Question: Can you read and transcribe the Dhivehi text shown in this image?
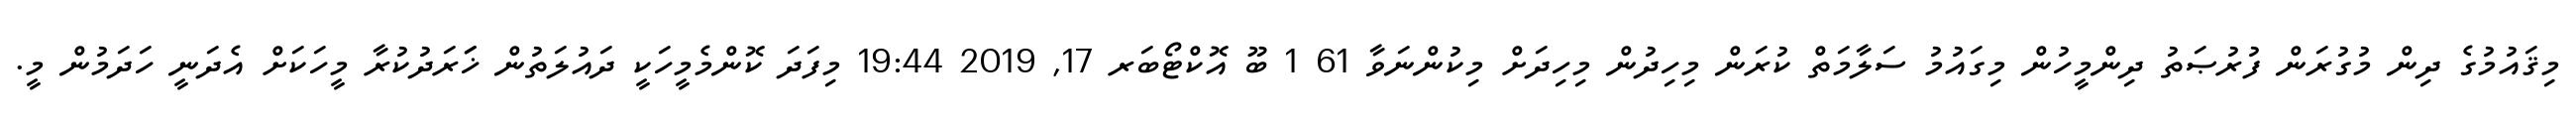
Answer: މިޤައުމުގެ ދިން މުގުރަން ފުރުޞަތު ދިންމީހުން މިގައުމު ސަލާމަތް ކުރަން މިހިދުން މިހިދަށް މިކުންނަވާ 61 1 ބޫ އޮކްޓޯބަރ 17, 2019 19:44 މިފަދަ ކޮންމެމީހަކީ ދައުލަތުން ޚަަރަދުކުރާ މީހަކަށް އެދަނީ ހަދަމުން މީ.